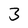
Character: 3